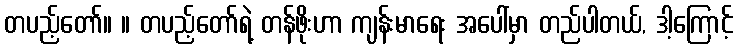
တပည့်တော်။ ။ တပည့်တော်ရဲ့ တန်ဖိုးဟာ ကျန်းမာရေး အပေါ်မှာ တည်ပါတယ်, ဒါ့ကြောင့်